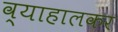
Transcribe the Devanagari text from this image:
व्याहालकर